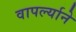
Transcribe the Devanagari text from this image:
वापर्ल्याने